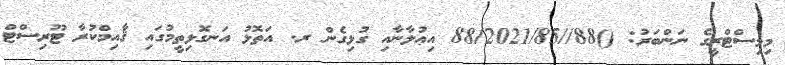
މިމިސްޓްރީގެ ނަންބަރު: ()88//88/2021/85 އިޢުލާނާއި ގުޅިގެން ރ. އަތޮޅު އަނގޮޅިތީމުގައި ޤާއިމްކުރާ ޓޫރިސްޓް